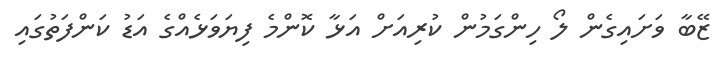
ޒޭބާ ވަށައިގެން ލޯ ހިންގަމުން ކުރިއަށް އަޅާ ކޮންމެ ފިޔަވަޅެއްގެ އަޑު ކަންފަތުގައި